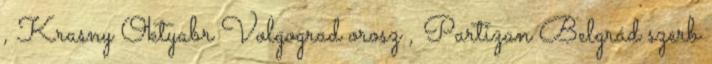
, Krasny Oktyabr Volgograd orosz , Partizan Belgrád szerb